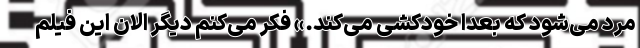
مرد می‌شود که بعداً خودکشی می‌کند.» فکر می‌کنم دیگر الان این فیلم